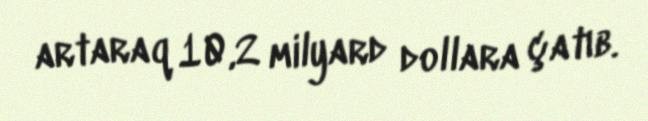
artaraq 10,2 milyard dollara çatıb.